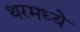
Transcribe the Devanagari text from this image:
थरमध्ये